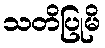
သတိပြုမိ